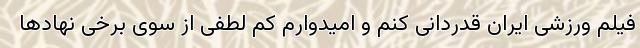
فیلم ورزشی ایران قدردانی کنم و امیدوارم کم لطفی از سوی برخی نهادها